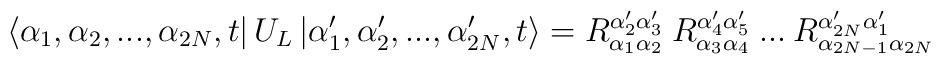
\left\langle \alpha _{1},\alpha _{2},...,\alpha _{2N},t\right| U_{L}\left| \alpha _{1}',\alpha _{2}',...,\alpha _{2N}',t\right\rangle =R^{\alpha _{2}'\alpha _{3}'}_{\alpha _{1}\alpha _{2}}\: R^{\alpha _{4}'\alpha _{5}'}_{\alpha _{3}\alpha _{4}}\: ...\: R^{\alpha _{2N}'\alpha _{1}'}_{\alpha _{2N-1}\alpha _{2N}}